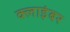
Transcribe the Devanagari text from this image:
क्लाइंबर